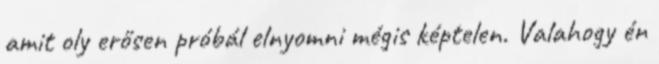
amit oly erősen próbál elnyomni mégis képtelen. Valahogy én